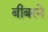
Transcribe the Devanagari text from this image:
बीबरने